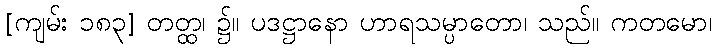
[ကျမ်း ၁၈၃] တတ္ထ၊ ၌။ ပဒဋ္ဌာနော ဟာရသမ္ပာတော၊ သည်။ ကတမော၊